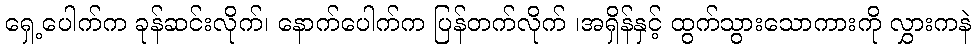
ရှေ့ပေါက်က ခုန်ဆင်းလိုက်၊ နောက်ပေါက်က ပြန်တက်လိုက် ၊အရှိန်နှင့် ထွက်သွားသောကားကို လွှားကနဲ